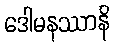
ဒေါမနဿာနိ